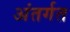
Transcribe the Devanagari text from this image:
अंतर्गत